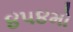
૪૫૪મો